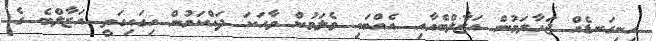
ހިނިގަނޑެއް ޖަހާލަމުން އަޒާލްބެއާއި އެއްބައި ވެލަމުން ވާހަކަ ދައްކަމުން ހިގައިގަތީ އަޒާލްބެ ގެ